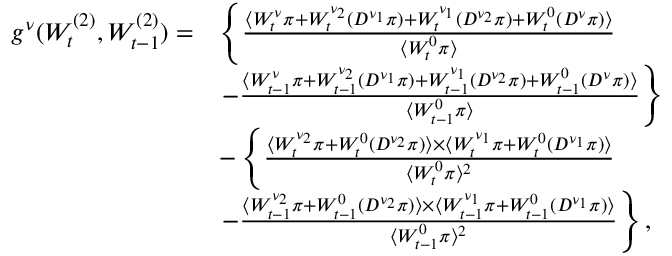
\begin{array} { r l } { g ^ { \nu } ( W _ { t } ^ { ( 2 ) } , W _ { t - 1 } ^ { ( 2 ) } ) = } & { \left\{ \frac { \langle W _ { t } ^ { \nu } \pi + W _ { t } ^ { \nu _ { 2 } } ( D ^ { \nu _ { 1 } } \pi ) + W _ { t } ^ { \nu _ { 1 } } ( D ^ { \nu _ { 2 } } \pi ) + W _ { t } ^ { 0 } ( D ^ { \nu } \pi ) \rangle } { \langle W _ { t } ^ { 0 } \pi \rangle } \right. } \\ & { \left. - \frac { \langle W _ { t - 1 } ^ { \nu } \pi + W _ { t - 1 } ^ { \nu _ { 2 } } ( D ^ { \nu _ { 1 } } \pi ) + W _ { t - 1 } ^ { \nu _ { 1 } } ( D ^ { \nu _ { 2 } } \pi ) + W _ { t - 1 } ^ { 0 } ( D ^ { \nu } \pi ) \rangle } { \langle W _ { t - 1 } ^ { 0 } \pi \rangle } \right\} } \\ & { - \left\{ \frac { \langle W _ { t } ^ { \nu _ { 2 } } \pi + W _ { t } ^ { 0 } ( D ^ { \nu _ { 2 } } \pi ) \rangle \times \langle W _ { t } ^ { \nu _ { 1 } } \pi + W _ { t } ^ { 0 } ( D ^ { \nu _ { 1 } } \pi ) \rangle } { \langle W _ { t } ^ { 0 } \pi \rangle ^ { 2 } } \right. } \\ & { \left. - \frac { \langle W _ { t - 1 } ^ { \nu _ { 2 } } \pi + W _ { t - 1 } ^ { 0 } ( D ^ { \nu _ { 2 } } \pi ) \rangle \times \langle W _ { t - 1 } ^ { \nu _ { 1 } } \pi + W _ { t - 1 } ^ { 0 } ( D ^ { \nu _ { 1 } } \pi ) \rangle } { \langle W _ { t - 1 } ^ { 0 } \pi \rangle ^ { 2 } } \right\} , } \end{array}